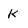
Character: K